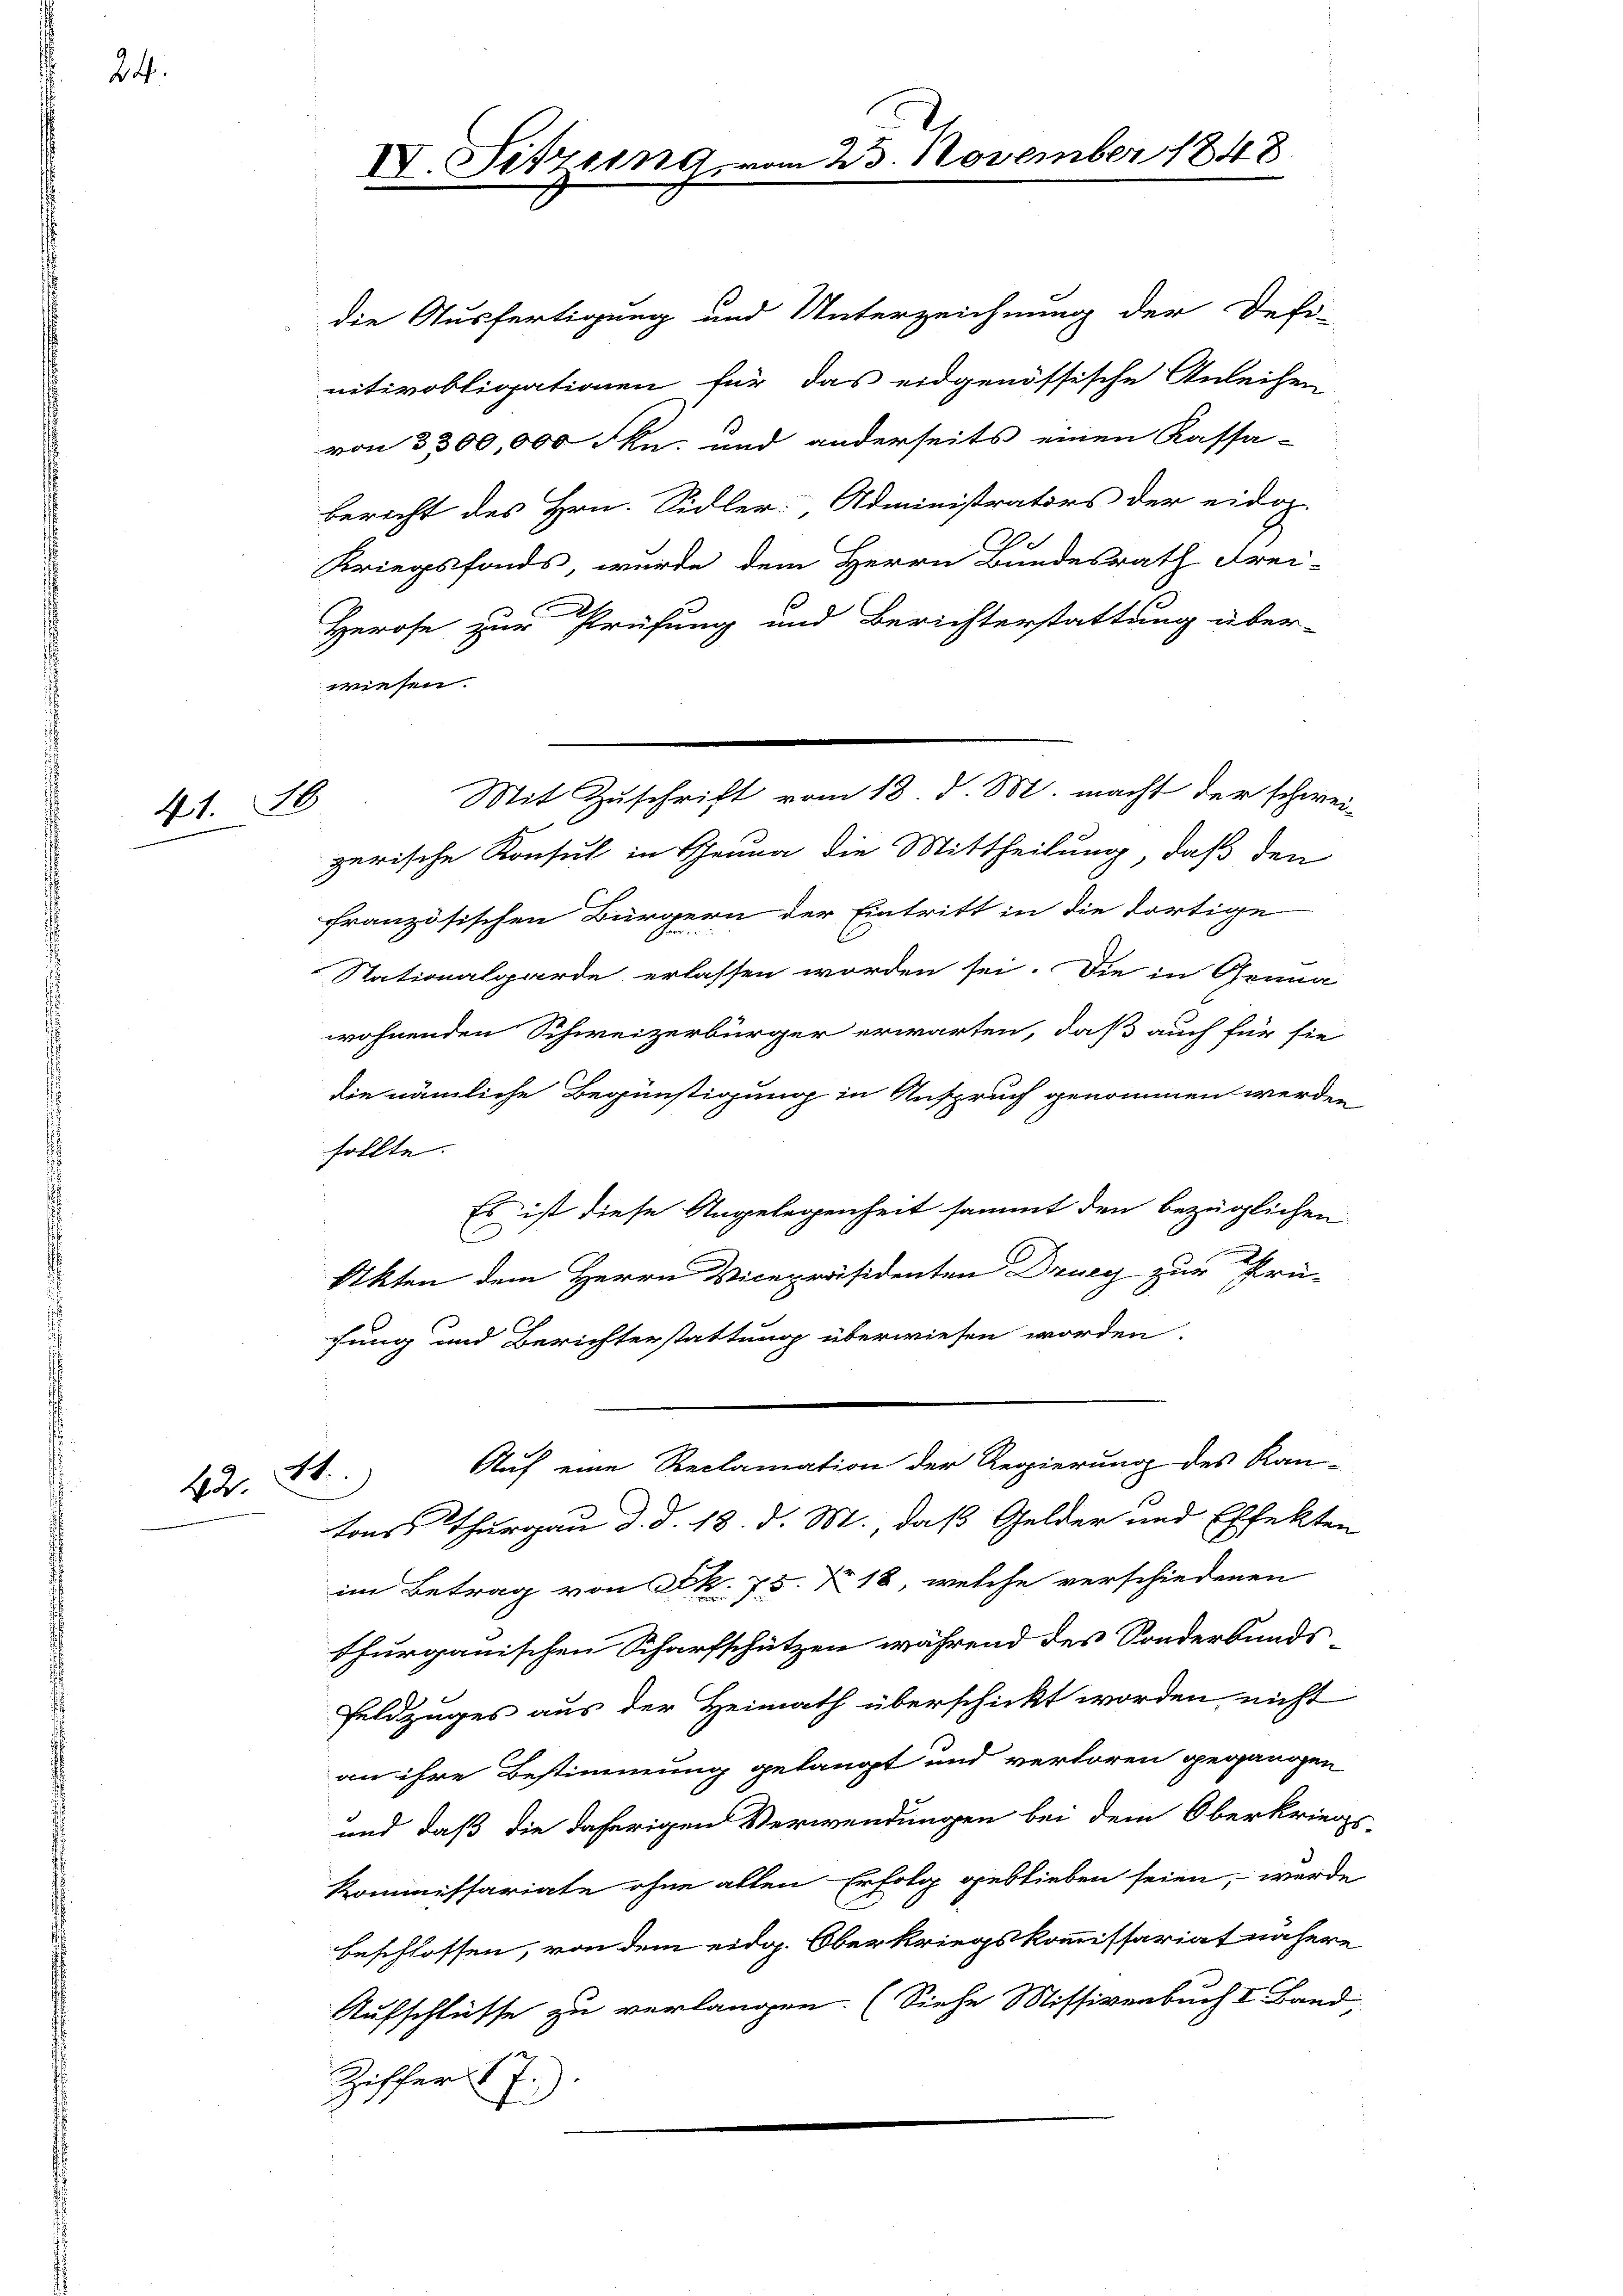
24.

41. 16

22. St.

IV. Sitzung

die Ausfertigung und Unterzeichnung der Defi-
nitivobligationen für das eidgenössische Anleihen
von 3300,000 Fkn. und anderseits einen Kassa-
bericht des Hrn. Sidler, Administrators der eidoh-
Kriegsfonds, wurde dem Herrn Bundesrath Frei-
Herose zur Prüfung und Berichterstattung über-
wiesen.
zerische Konsul in Genua die Mittheilung, daß den
französischen Bürgern der Eintritt in die dortige
Nationalgarde erlassen worden sei. Die in Genua
wohnenden Schweizerbürger erwarten, daß auch für sie
die nämliche Begünstigung in Anspruch genommen werden
sollte.
Es ist diese Angelegenheit sammt den bezüglichen
Akten dem Herrn Vicepräsidenten Drucy zur Prü-
fung und Berichterstattung überwiesen worden.
Auf eine Reclamation der Regierung des Kan-
tons Thurgau d. d. 18. d. M. daß Gelder und Effekten
im Betrag von Frk. 75. No 18, welche verschiedenen
thurgauischen Scharfschützen während des Sonderbunds
Feldzuges aus der Heimath überschickt worden nicht
an ihre Bestimmung gelangt und verloren gegangen
und daß die daherigen Verwendungen bei dem Oberkriegs-
Kommissariate ohne allen Erfolg geblieben seien, werde
beschlossen, von dem eidg. Oberkriegskommissariat nähere
Aufschlüsse zu verlangen. (Siehe Missivenbuch I Band
Ziffer 7)

25. November 1848

Mit Zuschrift vom 18. d. M. macht der schwei-